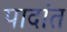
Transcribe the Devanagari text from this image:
पादांत